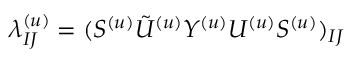
\lambda _ { I J } ^ { ( u ) } = ( S ^ { ( u ) } { \tilde { U } ^ { ( u ) } } Y ^ { ( u ) } U ^ { ( u ) } S ^ { ( u ) } ) _ { I J }